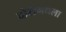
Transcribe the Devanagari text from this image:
दोरीमधला